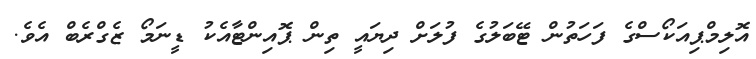
އޮލިމްޕިއަކޯސްގެ ފަހަތުން ޓޭބަލުގެ ފުލަށް ދިޔައީ ތިން ޕޮއިންޓާއެކު ޑީނަމޯ ޒެގްރެބް އެވެ.